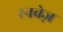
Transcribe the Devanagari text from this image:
रनवेज़